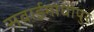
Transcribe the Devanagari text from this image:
सवाईमाधोपुर